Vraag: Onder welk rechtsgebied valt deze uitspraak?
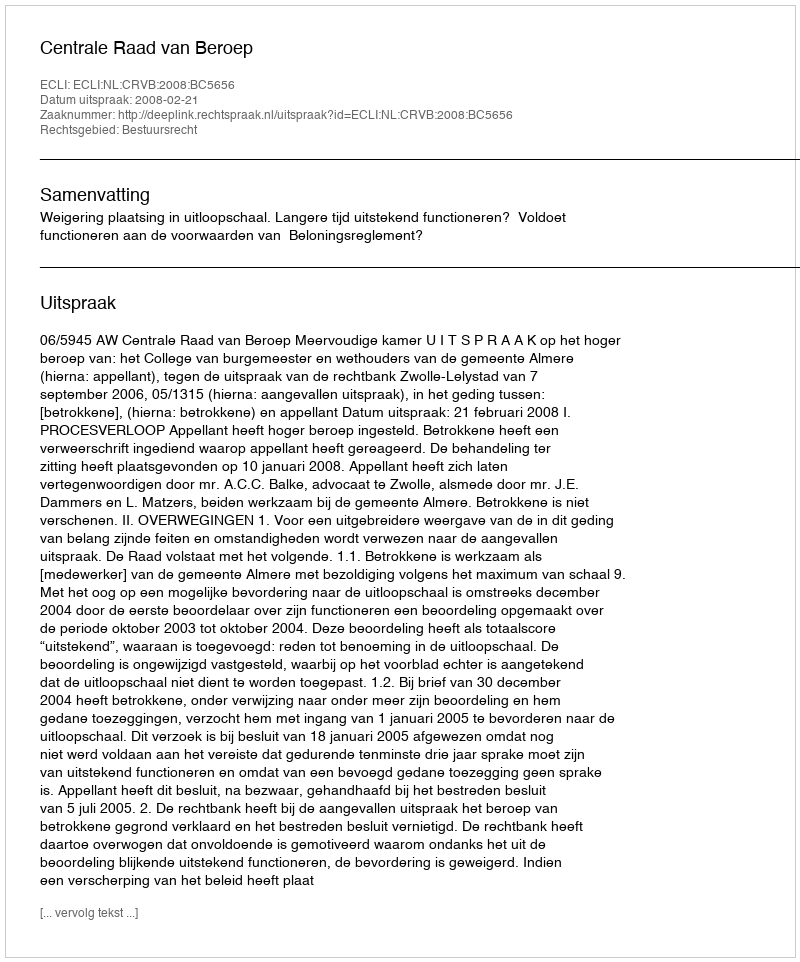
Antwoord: Bestuursrecht